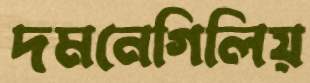
দমনেগিলিয়